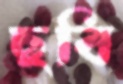
ছবি